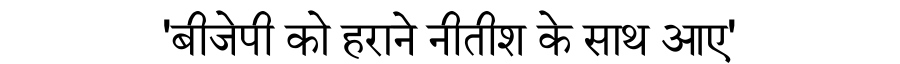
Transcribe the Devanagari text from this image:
'बीजेपी को हराने नीतीश के साथ आए'